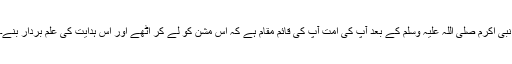
نبی اکرم صلی اللہ علیہ وسلم کے بعد آپؐ کی اُمت آپؐ کی قائم مقام ہے کہ اس مشن کو لے کر اُٹھے اور اس ہدایت کی علَم بردار بنے۔